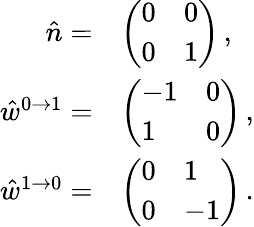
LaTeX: \begin{array}{rl}{\hat{n}=}&{\left(\begin{array}{ll}{0}&{0}\\ {0}&{1}\end{array}\right)\, ,}\\ {\hat{w}^{0\to 1}=}&{\left(\begin{array}{ll}{-1}&{0}\\ {1}&{0}\end{array}\right)\, ,}\\ {\hat{w}^{1\to 0}=}&{\left(\begin{array}{ll}{0}&{1}\\ {0}&{-1}\end{array}\right)\, .}\end{array}